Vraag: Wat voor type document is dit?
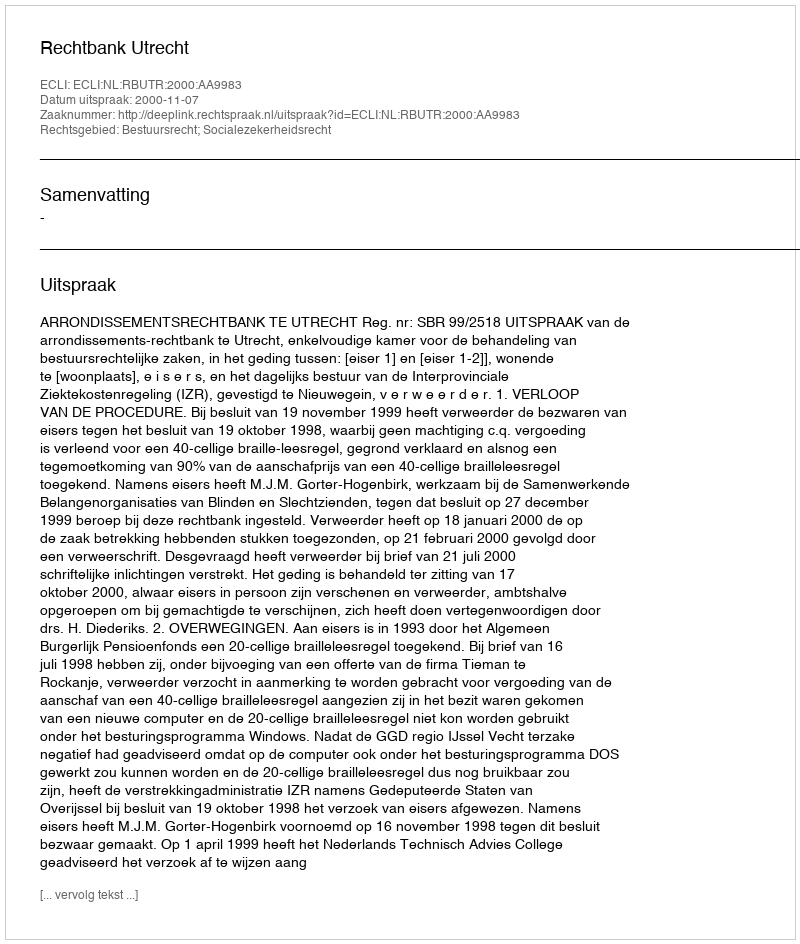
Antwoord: Uitspraak